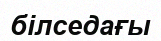
білседағы